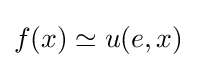
f(x)\simeq u(e,x)